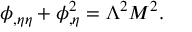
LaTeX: \phi _ { , \eta \eta } + \phi _ { , \eta } ^ { 2 } = \Lambda ^ { 2 } M ^ { 2 } .